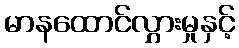
မာနထောင်လွှားမှုနှင့်